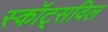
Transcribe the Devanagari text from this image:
स्कॉट्सविल